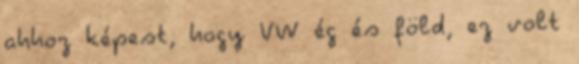
ahhoz képest, hogy VW ég és föld, ez volt